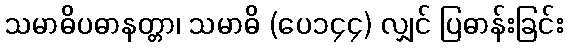
သမာဓိပဓာနတ္တာ၊ သမာဓိ (ပေ၁၄၄) လျှင် ပြဓာန်းခြင်း